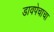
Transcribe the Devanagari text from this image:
डावपेचाचा